Note on the mental hospitals in Burma - 1925-1940
Year: 1925
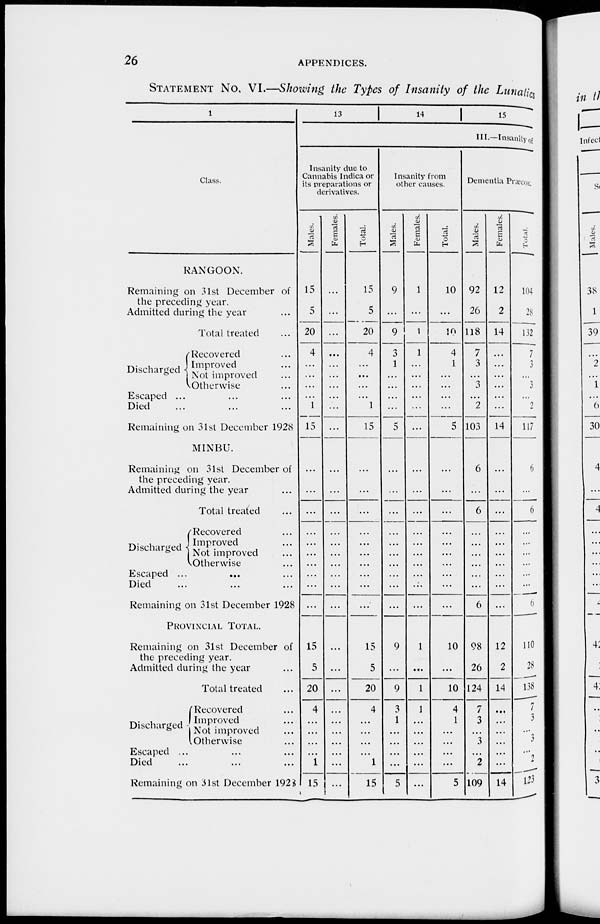
26
APPENDICES.
STATEMENT No. VI.—Showing the Types of Insanity of the Lunatics
1
Class.
RANGOON.
Remaining on 31st December of
the preceding year.
Admitted during the year ...
Total treated ...
Discharged
Recovered ...
Improved ...
Not improved ...
Otherwise ...
Escaped ... ... ...
Died ... ... ...
Remaining on 31st December 1928
MINBU.
Remaining on 31st December of
the preceding year.
Admitted during the year ...
Total treated ...
Discharged
Recovered ...
Improved ...
Not improved ...
Otherwise ...
Escaped ... ... ...
Died ... ... ...
Remaining on 31st December 1928
Provincial Total.
Remaining on 31st December of
the preceding year.
Admitted during the year ...
Total treated ...
Discharged
Recovered ...
Improved ...
Not improved ...
Otherwise ...
Escaped ... ... ...
Died ... ... ...
Remaining on 31st December 1928
13
14 15
III.—Insanity of
Insanity due to
Cannabis Indica or
its preparations or
derivatives.
Males.
15
5
20
4
...
...
...
...
1
15
...
...
...
...
...
...
...
...
...
...
...
15
5
20
4
...
...
...
...
1
15
Females.
...
...
...
...
...
...
...
...
...
...
...
...
...
...
...
...
...
...
...
...
...
...
...
...
...
...
...
...
...
...
...
Total.
15
5
20
4
...
...
...
...
1
15
...
...
...
...
...
...
...
...
...
...
...
15
5
20
4
...
...
...
...
1
15
Insanity from
other causes.
Males.
9
...
9
3
1
...
...
...
...
5
...
...
...
...
...
...
...
...
...
...
...
9
...
9
3
1
...
...
...
...
5
Females.
1
...
1
1
...
...
...
...
...
...
...
...
...
...
...
...
...
...
...
...
...
1
...
1
1
...
...
...
...
...
...
Total.
10
...
10
4
1
...
...
...
...
5
...
...
...
...
...
...
...
...
...
...
...
10
...
10
4
1
...
...
...
...
5
Dementia Pnæcox.
Males.
92
26
118
7
3
...
3
...
2
103
6
...
6
...
...
...
...
...
...
6
...
98
26
124
7
3
...
3
2
109
Females.
12
2
14
...
...
...
...
...
...
14
...
...
...
...
...
...
...
...
...
...
...
12
2
14
...
...
...
...
...
...
14
Total.
104
28
132
7
3
...
3
...
2
117
6
...
6
...
...
...
...
...
...
6
...
110
28
138
7
3
...
3
...
2
123